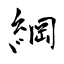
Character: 綱